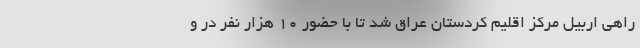
راهی اربیل مرکز اقلیم کردستان عراق شد تا با حضور ۱۰ هزار نفر در و